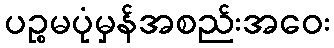
ပဉ္စမပုံမှန်အစည်းအဝေး